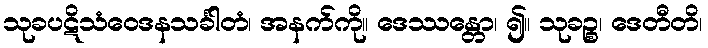
သုခပဋိသံဝေဒနသင်္ခါတံ၊ အနက်ကို။ ဒေဿန္တော၊ ၍။ သုခဉ္စ၊ ဒေတီတိ၊